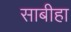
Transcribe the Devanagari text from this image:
साबीहा